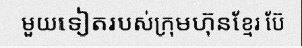
មួយទៀតរបស់ក្រុមហ៊ុនខ្មែរ ប៊ែ